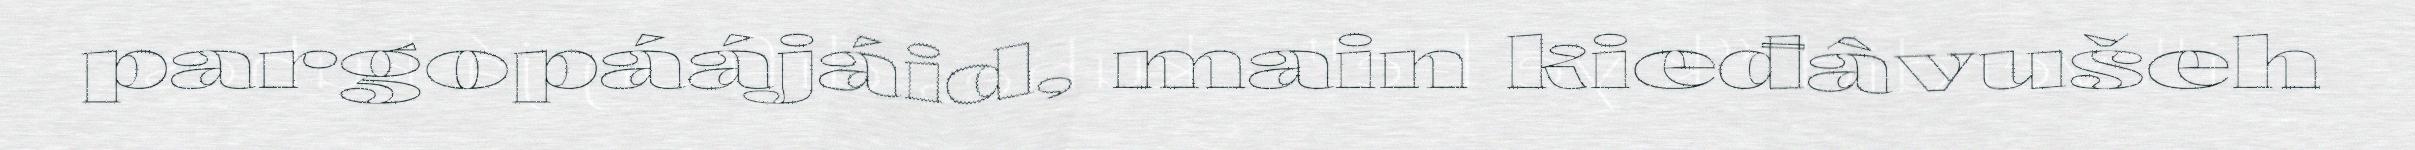
pargopáájáid, main kieđâvušeh